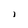
Character: I